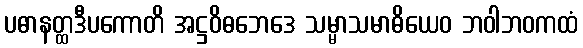
ပဓာနတ္ထဒီပကောတိ အဋ္ဌဝိဓဘေဒေ သမ္မာသမာဓိယေဝ ဘဝါဘဝကထံ